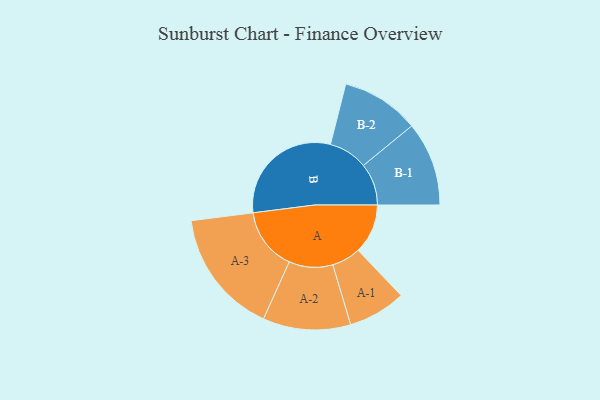
{"axis": {"x": "Segment", "y": "Value"}, "legend": ["", "A", "B"], "data": [{"x": "A", "y": 196, "type": ""}, {"x": "B", "y": 471, "type": ""}, {"x": "A-1", "y": 114, "type": "A"}, {"x": "A-2", "y": 173, "type": "A"}, {"x": "A-3", "y": 247, "type": "A"}, {"x": "B-1", "y": 166, "type": "B"}, {"x": "B-2", "y": 154, "type": "B"}]}